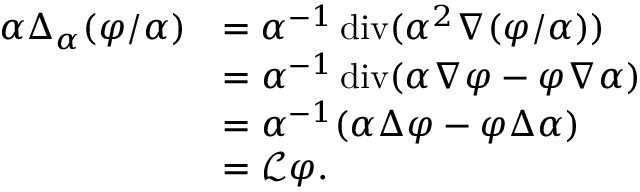
\begin{array} { r l } { \alpha \Delta _ { \alpha } ( \varphi / \alpha ) } & { = \alpha ^ { - 1 } \operatorname { d i v } ( \alpha ^ { 2 } \nabla ( \varphi / \alpha ) ) } \\ & { = \alpha ^ { - 1 } \operatorname { d i v } ( \alpha \nabla \varphi - \varphi \nabla \alpha ) } \\ & { = \alpha ^ { - 1 } ( \alpha \Delta \varphi - \varphi \Delta \alpha ) } \\ & { = \mathcal { L } \varphi . } \end{array}